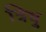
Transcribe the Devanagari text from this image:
त्रिषु